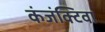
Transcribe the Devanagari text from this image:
कंजंक्टिवा